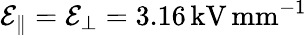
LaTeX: \mathcal{E}_{\| }=\mathcal{E}_{\bot}=3.16\, \mathrm{kV}\, \mathrm{mm}^{-1}